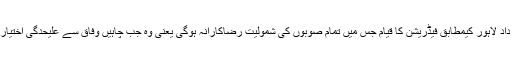
1940 کی قرار دادِ لاہور کیمطابق فیڈریشن کا قیام جس میں تمام صوبوں کی شمولیت رضاکارانہ ہوگی یعنی وہ جب چاہیں وفاق سے علیحدگی اختیار کر سکتے تھے۔